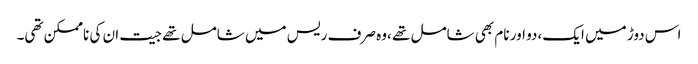
اس دوڑ میں ایک ،دو اور نام بھی شامل تھے ،وہ صرف ریس میں شامل تھے جیت ان کی ناممکن تھی۔